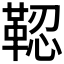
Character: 𩊫